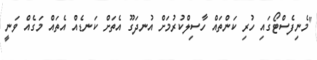
"މެނިފެސްޓޯގައި ހުރި ކަންތައް ހާސިލްކުރުމަށް އުނދަގޫ އެތަށް ކަނޑެއް އެތައް މަގެއް ވަނީ